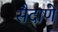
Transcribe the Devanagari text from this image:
सैदाणे